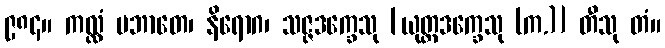
၉၈၄။ ကလ္လံ ပဘာတေ၊ နိရောဂ၊ သဇ္ဇဒက္ခေသု [ယုတ္တဒက္ခေသု (က.)] တီသု တံ။